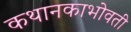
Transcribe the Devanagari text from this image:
कथानकाभोवती